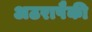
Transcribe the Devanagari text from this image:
अठरापैकी